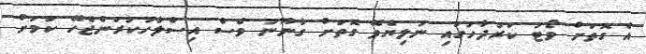
އެ ގޮތަށް ވޯޓު ކަރުދާހުގައި ނުލިޔެވޭ ގޮތަށް ގާނޫނު ވެސް އިސްލާހުކުރަންޖެހޭ ކަމަށް